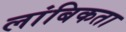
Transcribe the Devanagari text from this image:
लांबिकता